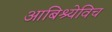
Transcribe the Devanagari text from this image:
आबिश्येविच